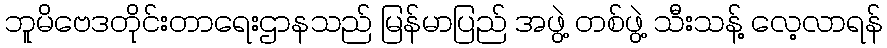
ဘူမိဗေဒတိုင်းတာရေးဌာနသည် မြန်မာပြည် အဖွဲ့ တစ်ဖွဲ့ သီးသန့် လေ့လာရန်